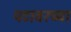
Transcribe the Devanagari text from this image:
पटावरच्या